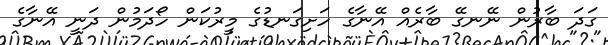
ގަދަ ބާރުން ނޭނގޭ ބާރެއް އޭނާގެ ހަށިގަނޑުގެ މީރުކަން ހޯދަމުން ދަނީ އޭނާގެ